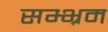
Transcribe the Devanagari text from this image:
सम्भ्रम